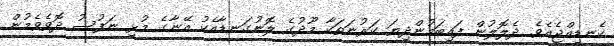
ކެނޑިއްޖެއެވެ. ދެލޮލުން ފައިބަމުންދިޔަ ކަރުނަތަކާ މޫދުގެ ލޮނުގަނޑާއެކު އޭނާގެ މުޅި ނަފުސު ދޮވެވެމުން